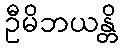
ဦမိဘယန္တိ